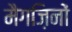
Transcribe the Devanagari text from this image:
मैगज़िनों